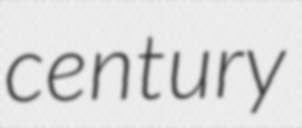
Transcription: century